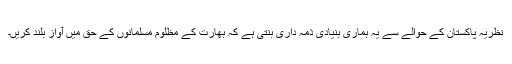
نظریۂ پاکستان کے حوالے سے یہ ہماری بنیادی ذمہ داری بنتی ہے کہ بھارت کے مظلوم مسلمانوں کے حق میں آواز بلند کریں۔